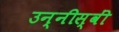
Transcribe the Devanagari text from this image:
उन्नीस्वीं